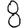
Digit: 8